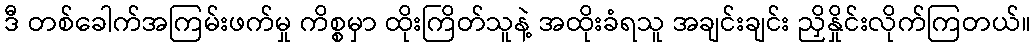
ဒီ တစ်ခေါက်အကြမ်းဖက်မှု ကိစ္စမှာ ထိုးကြိတ်သူနဲ့ အထိုးခံရသူ အချင်းချင်း ညှိနှိုင်းလိုက်ကြတယ်။